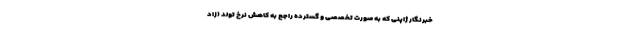
خبرنگار ژاپنی که به صورت تخصصی و گسترده راجع به کاهش نرخ تولد (زاد